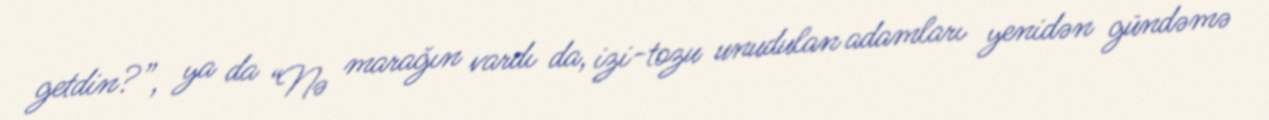
getdin?”, ya da “Nə marağın vardı da, izi-tozu unudulan adamları yenidən gündəmə